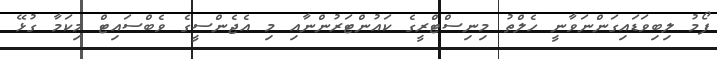
ފޯމު ލިބިވަޑައިގަންނަވާނީ ހެލްތު މިނިސްޓްރީގެ ކައުންޓަރުންނާއި މި އެޖެންސީގެ ވެބްސައިޓް މިކަމާ ގުޅޭ